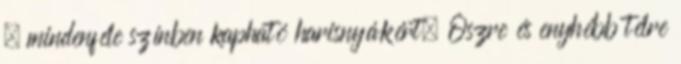
, mindenféle színben kapható harisnyákért. Őszre és enyhébb télre